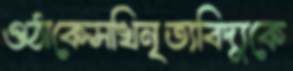
ওঠাকেসখিনৃত্যবিদ্যুকে